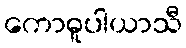
ကောဓူပါယာသီ